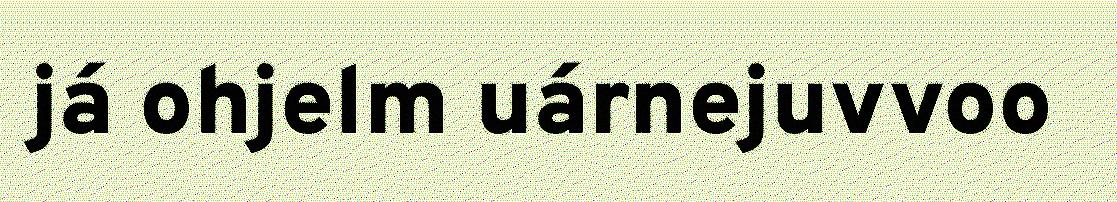
já ohjelm uárnejuvvoo